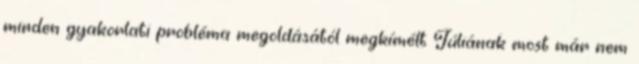
minden gyakorlati probléma megoldásától megkímélt Júliának most már nem